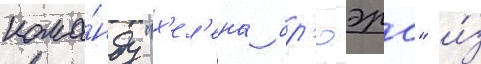
кома́нду "х'ел'ена бр'юэрс" и́з